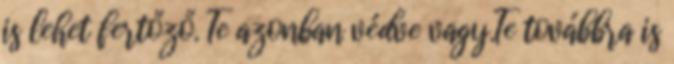
is lehet fertőző. Te azonban védve vagy.Te továbbra is